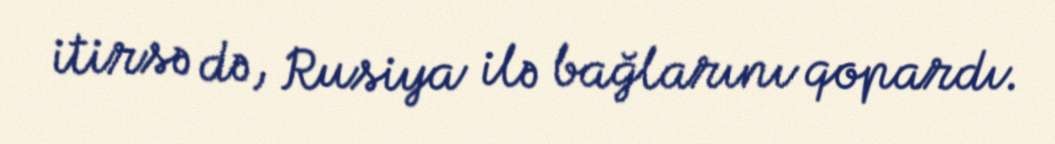
itirsə də, Rusiya ilə bağlarını qopardı.